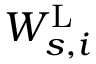
W _ { s , i } ^ { \mathrm { L } }